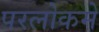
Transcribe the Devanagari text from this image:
परलोकमे